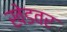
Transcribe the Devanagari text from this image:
खेडवर